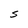
Character: 5